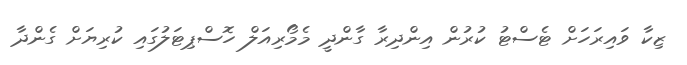
ޒިކާ ވައިރަހަށް ޓެސްޓު ކުރުން އިންދިރާ ގާންދީ މެމޯރިއަލް ހޮސްޕިޓަލުގައި ކުރިޔަށް ގެންދާ